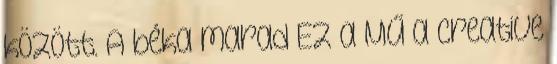
között. A béka marad Ez a Mű a Creative